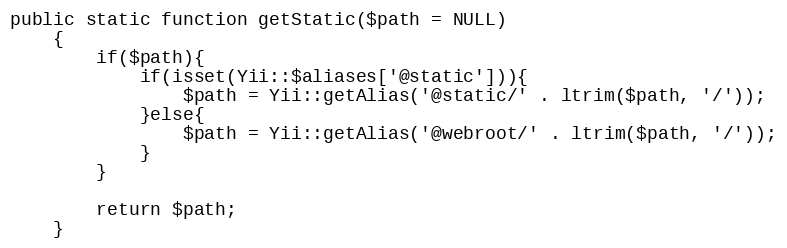
Language: PHP
public static function getStatic($path = NULL)
    {
        if($path){
            if(isset(Yii::$aliases['@static'])){
                $path = Yii::getAlias('@static/' . ltrim($path, '/'));
            }else{
                $path = Yii::getAlias('@webroot/' . ltrim($path, '/'));
            }
        }

        return $path;
    }